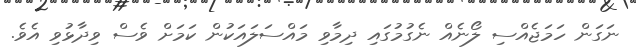
ނަގަން ހަމަޖެއްސި ލޯނެއް ނެގުމުގައި ދިމާވި މައްސަލައަކުން ކަމަށް ވެސް ވިދާޅުވި އެވެ.